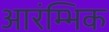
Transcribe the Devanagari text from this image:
आरंम्भिक